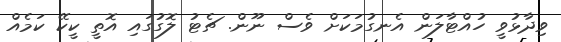
ވިދާޅުވީ ހުއްޓާލަން އެނގުމަކަށް ވެސް ނޫން. ޗެޓު ލޮގުގައި އޮތީ ކީކޭ ކަމެއް